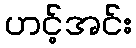
ဟင့်အင်း